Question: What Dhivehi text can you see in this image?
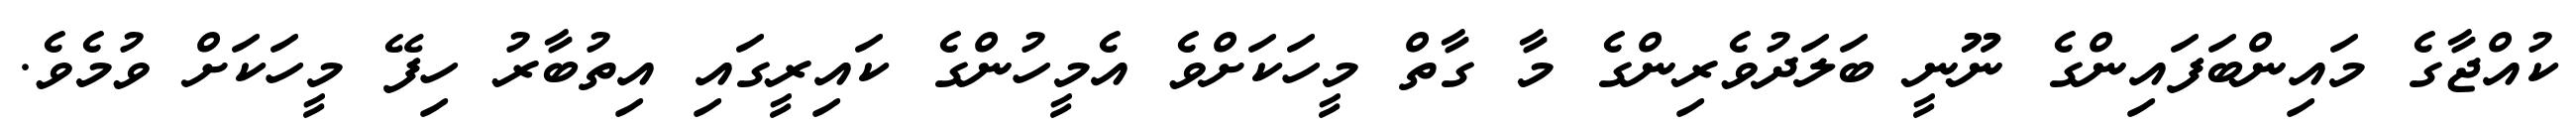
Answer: ކުއްޖާގެ މައިންބަފައިންގެ ނޫނީ ބަލަދުވެރިންގެ މާ ގާތް މީހަކަށްވެ އެމީހުންގެ ކައިރީގައި އިތުބާރު ހިފޭ މީހަކަށް ވުމެވެ.